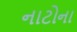
નાટોના